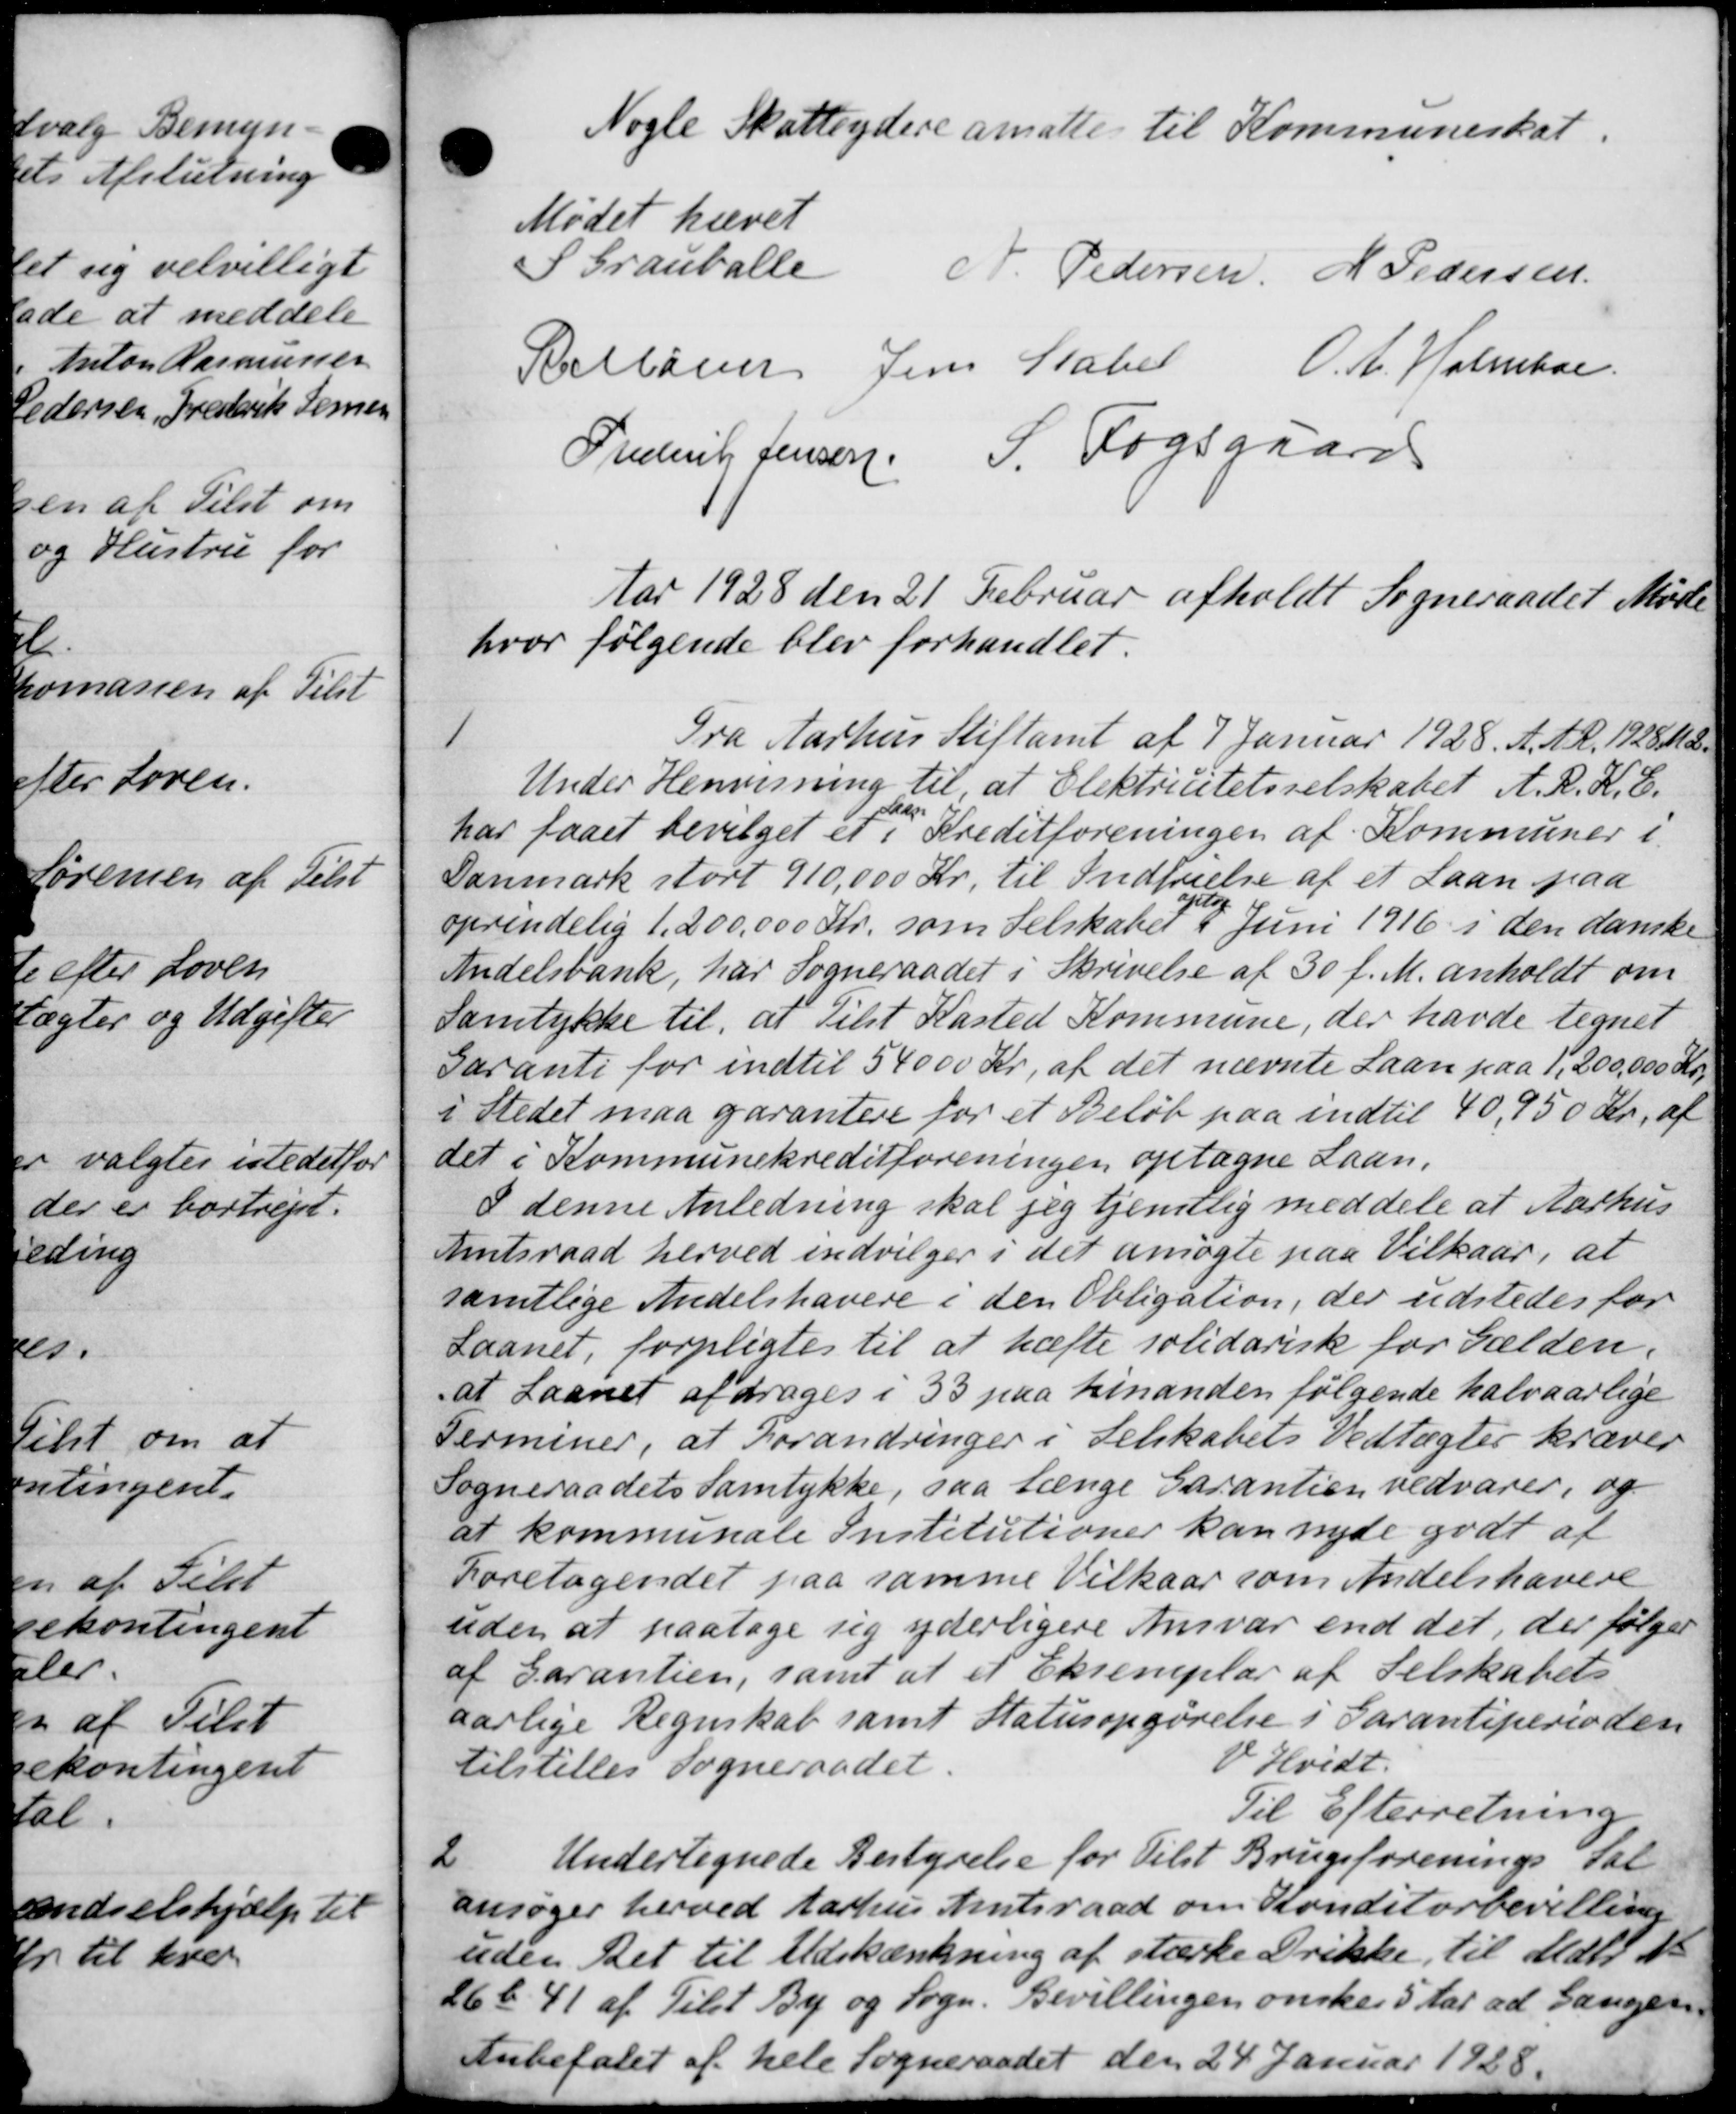
Transskription:
Nogle Skatteydere ansatte til Kommuneskat.
Mødet hævet
S Grauballe
N. Pedersen M Pedersen
Rellører Jens Stabel O. A. Holmboe
Frederik Jensen S. Fogsgaard
Aar 1928 den 21 Februar afholdt Sogneraadet Møde
hvor følgende blev forhandlet.
1
Fra Aarhus Stiftamt af 7 Januar 1928. A. A. R. 1928 Mdr.
Under Henvisning til at Elektricitetsselskabet A.R.K.E.
har faaet bevilget et
Lade
 i Kreditforeningen af Kommuner i
Danmark stort 910,000 Kr. til Indførelse af et Laan paa
oprindelig 1.200.000 Kr. som Selskabet
Klag
i Juni 1916 i den danske
Andelsbank, har Sogneraadet i Skrivelse af 30 f. M. anholdt om
Samtykke til, at tilst Kasted Kommune, der havde tegnet
Garanti for indtil 54000 Kr. af det nævnte Laan paa 1, 200,000 Kr.
i Stedet maa garantere for et Beløb paa indtil 40,950 Kr. af
det i Kommunekreditforeningen optagne Laan,
I denne Anledning skal jeg tjentlig meddele at Aarhus
Amtsraad herved indvilger i det ansøgte paa Vilkaar, at
samtlige Andelshavere i den Obligation, der udstedes for
Laanet, forpligtes til at hæfte solidarisk for Gælden.
at Laanet afdrages i 33 paa hinanden følgende halvaarlige
Terminer, at Forandringer i Selskabets Vedtægter kræver
Sogneraadets Samtykke, saa længe Garantien vedvarer, og
at kommunale Institutioner kan nyde godt af
Foretagendet paa samme Vilkaar som Andelshavere
uden at paatage sig yderligere Ansvar end det, der følger
af Garantien, samt at et Eksemplar af Selskabets
aarlige Regnskab samt Statusopgørelse i Garantiperioden
tilstilles Sogneraadet.
V Hvidt.
Til Efterretning
2
Undertegnede Bestyrelse for Tilst Brugsforenings Sal
ansøger herved Aarhus Amtsraad om Konditorbevilling
uden Det til Udskænkning af stærke Drikke til Mallis
26 b 41 af Tilst By og Sogn. Bevillingen ønsker 5 Aar ad Gangen.
Anbefalet af hele Sogneraadet den 24 Januar 1928.